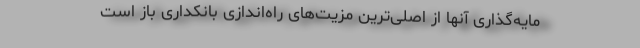
مایه‌گذاری آنها از اصلی‌ترین مزیت‌های راه‌اندازی بانکداری باز است